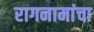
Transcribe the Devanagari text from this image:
रागनामांचा